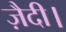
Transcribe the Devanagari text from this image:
ज़ैदी।